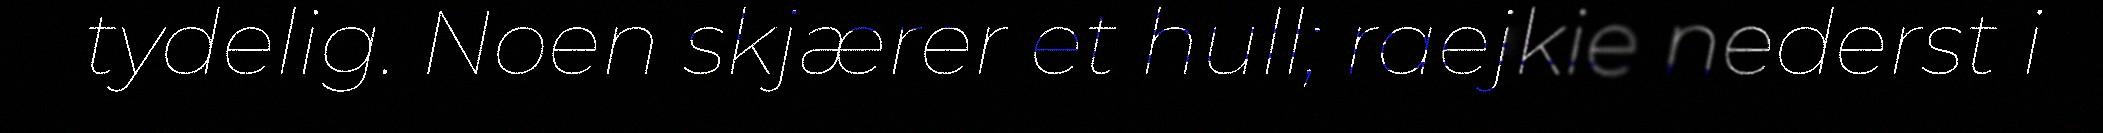
tydelig. Noen skjærer et hull; raejkie nederst i